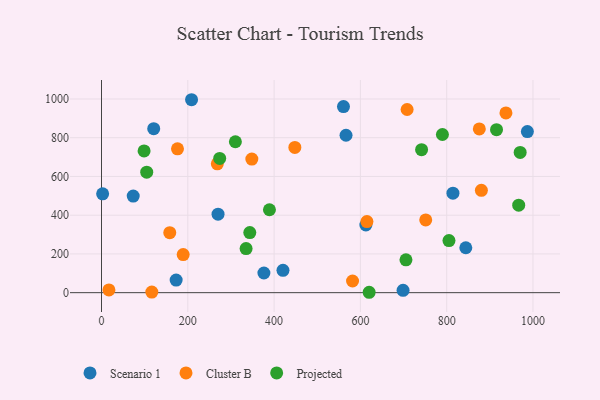
{"axis": {"x": "Experience", "y": "Demand"}, "legend": ["Cluster B", "Projected", "Scenario 1"], "data": [{"x": "560.8", "y": 960.9, "type": "Scenario 1"}, {"x": "612.7", "y": 349.3, "type": "Scenario 1"}, {"x": "2.6", "y": 510.3, "type": "Scenario 1"}, {"x": "73.5", "y": 498.8, "type": "Scenario 1"}, {"x": "844.3", "y": 231.8, "type": "Scenario 1"}, {"x": "814.5", "y": 513.7, "type": "Scenario 1"}, {"x": "121.0", "y": 846.5, "type": "Scenario 1"}, {"x": "376.4", "y": 101.5, "type": "Scenario 1"}, {"x": "420.6", "y": 115.2, "type": "Scenario 1"}, {"x": "270.1", "y": 405.3, "type": "Scenario 1"}, {"x": "987.0", "y": 832.0, "type": "Scenario 1"}, {"x": "173.0", "y": 64.9, "type": "Scenario 1"}, {"x": "698.9", "y": 12.0, "type": "Scenario 1"}, {"x": "566.7", "y": 812.7, "type": "Scenario 1"}, {"x": "208.7", "y": 996.2, "type": "Scenario 1"}, {"x": "937.3", "y": 927.8, "type": "Cluster B"}, {"x": "158.2", "y": 309.6, "type": "Cluster B"}, {"x": "448.1", "y": 750.0, "type": "Cluster B"}, {"x": "17.2", "y": 14.3, "type": "Cluster B"}, {"x": "615.1", "y": 367.0, "type": "Cluster B"}, {"x": "348.4", "y": 690.0, "type": "Cluster B"}, {"x": "268.4", "y": 665.0, "type": "Cluster B"}, {"x": "189.3", "y": 196.9, "type": "Cluster B"}, {"x": "581.8", "y": 60.3, "type": "Cluster B"}, {"x": "708.3", "y": 945.8, "type": "Cluster B"}, {"x": "875.6", "y": 845.5, "type": "Cluster B"}, {"x": "116.6", "y": 2.9, "type": "Cluster B"}, {"x": "176.1", "y": 742.7, "type": "Cluster B"}, {"x": "751.4", "y": 375.7, "type": "Cluster B"}, {"x": "880.4", "y": 528.4, "type": "Cluster B"}, {"x": "98.7", "y": 731.7, "type": "Projected"}, {"x": "970.3", "y": 724.3, "type": "Projected"}, {"x": "790.1", "y": 816.6, "type": "Projected"}, {"x": "620.3", "y": 2.0, "type": "Projected"}, {"x": "104.8", "y": 622.0, "type": "Projected"}, {"x": "915.5", "y": 841.8, "type": "Projected"}, {"x": "273.9", "y": 693.1, "type": "Projected"}, {"x": "966.9", "y": 451.6, "type": "Projected"}, {"x": "705.6", "y": 169.5, "type": "Projected"}, {"x": "335.1", "y": 227.7, "type": "Projected"}, {"x": "310.3", "y": 779.2, "type": "Projected"}, {"x": "343.7", "y": 310.5, "type": "Projected"}, {"x": "805.3", "y": 269.0, "type": "Projected"}, {"x": "741.8", "y": 738.4, "type": "Projected"}, {"x": "389.2", "y": 428.0, "type": "Projected"}]}